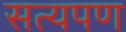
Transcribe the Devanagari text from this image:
सत्यपण